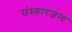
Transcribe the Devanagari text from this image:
संस्कारजन्य